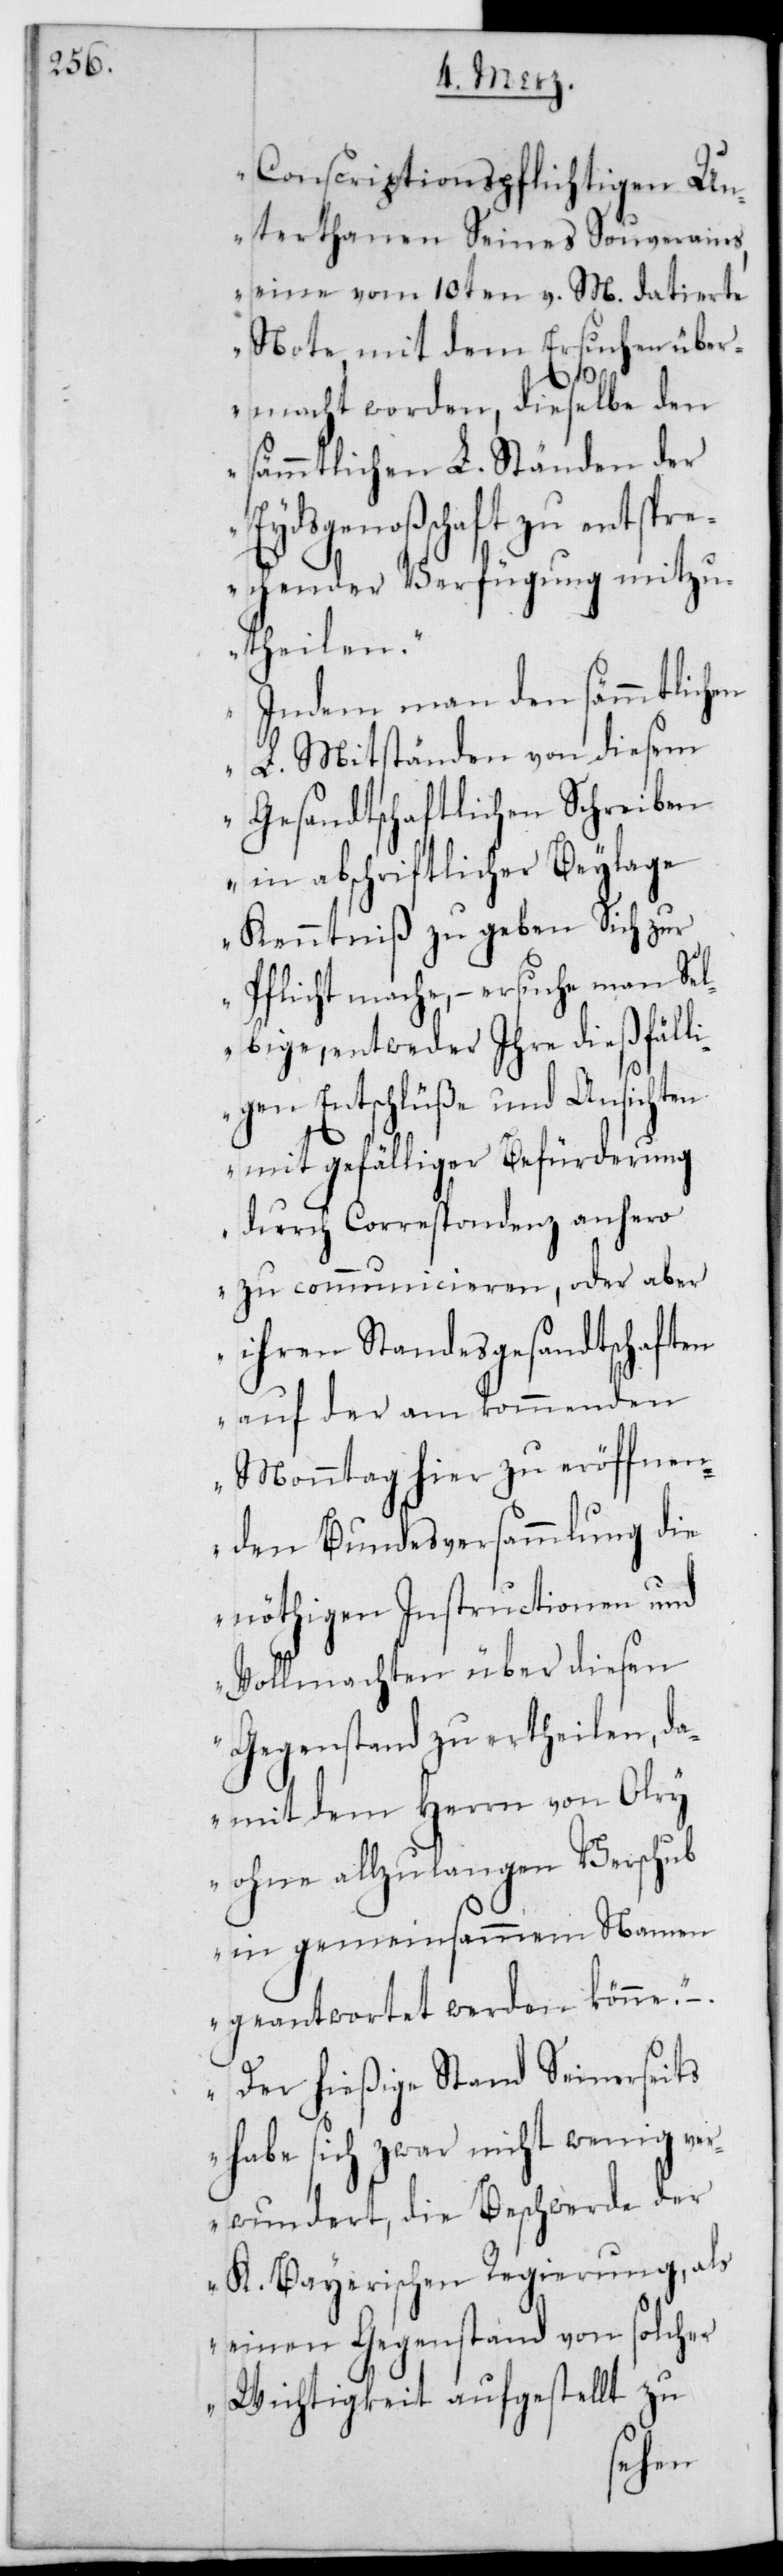
Conscriptionspflichtigen Un¬
terthanen seines Souverains,
eine vom 10ten v. M. datierte
Note, mit dem Ersuchen über¬
macht worden, dieselbe den
sämmtlichen L. Ständen der
Eydsgenoßenschaft zu entspre¬
chender Verfügung mitzu¬
theilen.
Indem man den sämmtlichen
L. Mitständen von diesem
gesandtschaftlichen Schreiben
in abschriftlicher Beylage
Kenntniß zu geben Sich zur
Pflicht mache, – ersuche man sel¬
bige, entweder Ihre dießfäll¬
igen Entschlüße und Ansichten
mit gefälliger Befürderung
durch Correspondenz anhero
zu communicieren, oder aber
ihren Standesgesandtschaften
auf der am kommenden
Montag hier zu eröffnen¬
den Bundesversammlung die
nöthigen Instructionen und
Vollmachten über diesen
Gegenstand zu ertheilen, da¬
mit dem Herrn von Olry
ohne allzu langen Verschub
in gemeinsammem Namen
geantwortet werden könne.
Der hießige Stand Seinerseits
habe sich zwar nicht wenig ve¬
rwundert, die Beschwerde der
K. Bayerischen Regierung, als
einen Gegenstand von solcher
Wichtigkeit aufgestellt zu